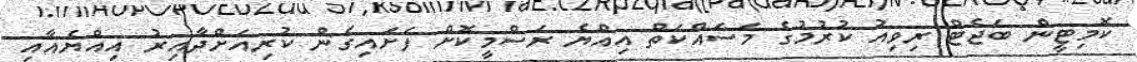
ކޮމިޓީން ބަޖެޓް ރިވިއު ކުރުމުގެ މަސައްކަތް އިއްޔެ ރަސްމީކޮށް ފަށައިގެން ކުރިއަށްދާއިރު އިއްޔެއާއި